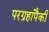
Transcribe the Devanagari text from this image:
परग्रहांपैकी